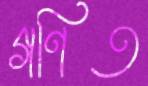
গণিত